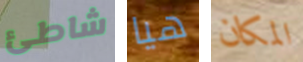
شاطئ هيا المكان